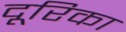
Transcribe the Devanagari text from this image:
दूरिका